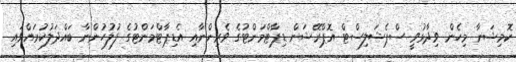
ކޮމިޝަނާ މިހެން ވިދާޅުވީ ސްޕެޝަލިސްޓް އޮޕްރޭޝަން ޑިޕާޓްމަންޓުގެ ވެރިންނާއި އެޑިޕާޓްމަންޓުގެ ފުލުހުންނާ ބައްދަލުކުރައްވައި